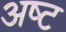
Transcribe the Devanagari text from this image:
अष्‍ट